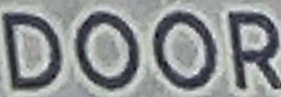
DOOR